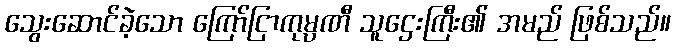
သွေးဆောင်ခဲ့သော ကြော်ငြာကုမ္ပဏီ သူဌေးကြီး၏ အမည် ဖြစ်သည်။